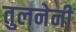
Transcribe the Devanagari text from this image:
तुलनेनी